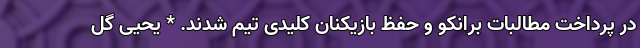
در پرداخت مطالبات برانکو و حفظ بازیکنان کلیدی تیم شدند. * یحیی گل